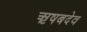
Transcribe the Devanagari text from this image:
ऋषबदेव